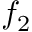
f _ { 2 }